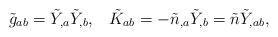
LaTeX: \begin{align*}\tilde{g}_{ab} = \tilde{Y}_{,a} \tilde{Y}_{,b}, \;\;\;\tilde{K}_{ab} = - \tilde{n}_{,a} \tilde{Y}_{,b} = \tilde{n}\tilde{Y}_{,ab},\end{align*}